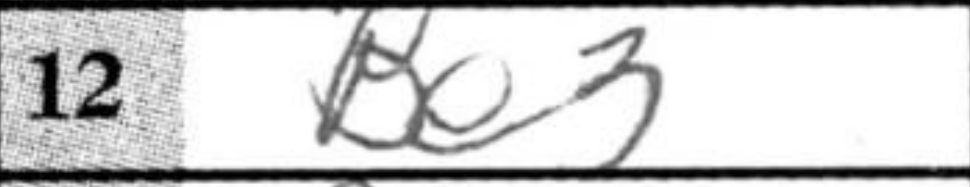
Transcription: Be3